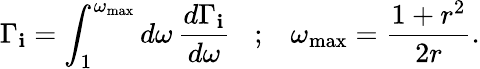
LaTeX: \Gamma_{\mathbf{i}}=\int_{1}^{\omega_{\mathrm{{max}}}}d\omega\, \frac{{d\Gamma_{\mathbf{i}}}}{{d\omega}}\; \; \; ;\; \; \; \omega_{\mathrm{{max}}}=\frac{{1+r^{2}}}{{2r}}.